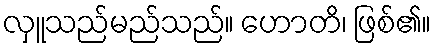
လှူသည်မည်သည်။ ဟောတိ၊ ဖြစ်၏။